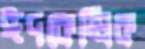
ঈদকেন্দ্রিক